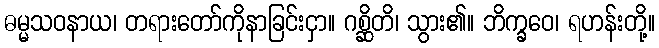
ဓမ္မသဝနာယ၊ တရားတော်ကိုနာခြင်းငှာ။ ဂစ္ဆိတိ၊ သွား၏။ ဘိက္ခဝေ၊ ရဟန်းတို့။